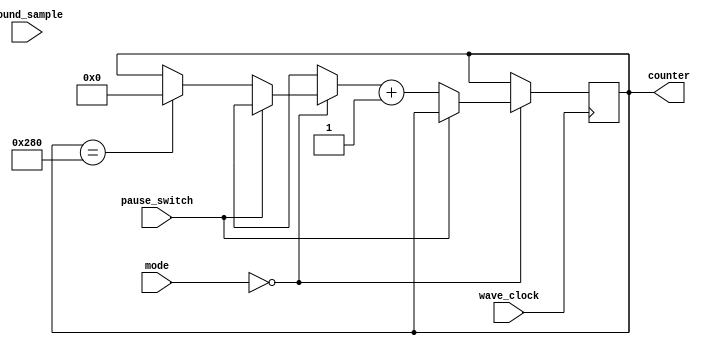
`timescale 1ns / 1ps
//////////////////////////////////////////////////////////////////////////////////
// Company: 
// Engineer: 
// 
// Design Name: 
// Module Name: TestWave_Gen
// Project Name: 
// Target Devices: 
// Tool Versions: 
// Description: 
// 
// Dependencies: 
// 
// Revision:
// Revision 0.01 - File Created
// Additional Comments:
// 
//////////////////////////////////////////////////////////////////////////////////

module TestWave_Gen(
    input wave_clock, 
    output reg [9:0] counter = 0, 
    input [11:0] sound_sample,
    input pause_switch,
    input [1:0] mode
    );
    
    always @ (posedge wave_clock) begin
        if (mode == 0) begin
            if (pause_switch == 0) begin
                if (counter == 640) counter = 0;
                counter = counter + 1; 
            end
        end
    end
endmodule